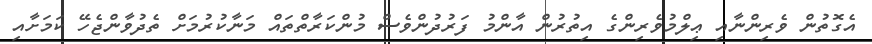
އެގޮތުން ވެރިންނާއި ޢިލްމުވެރިންގެ އިތުރުން އާންމު ފަރުދުންވެސް މުންކަރާތްތައް މަނާކުރުމަށް ތެދުވާންޖެހޭ ކަމަށާއި